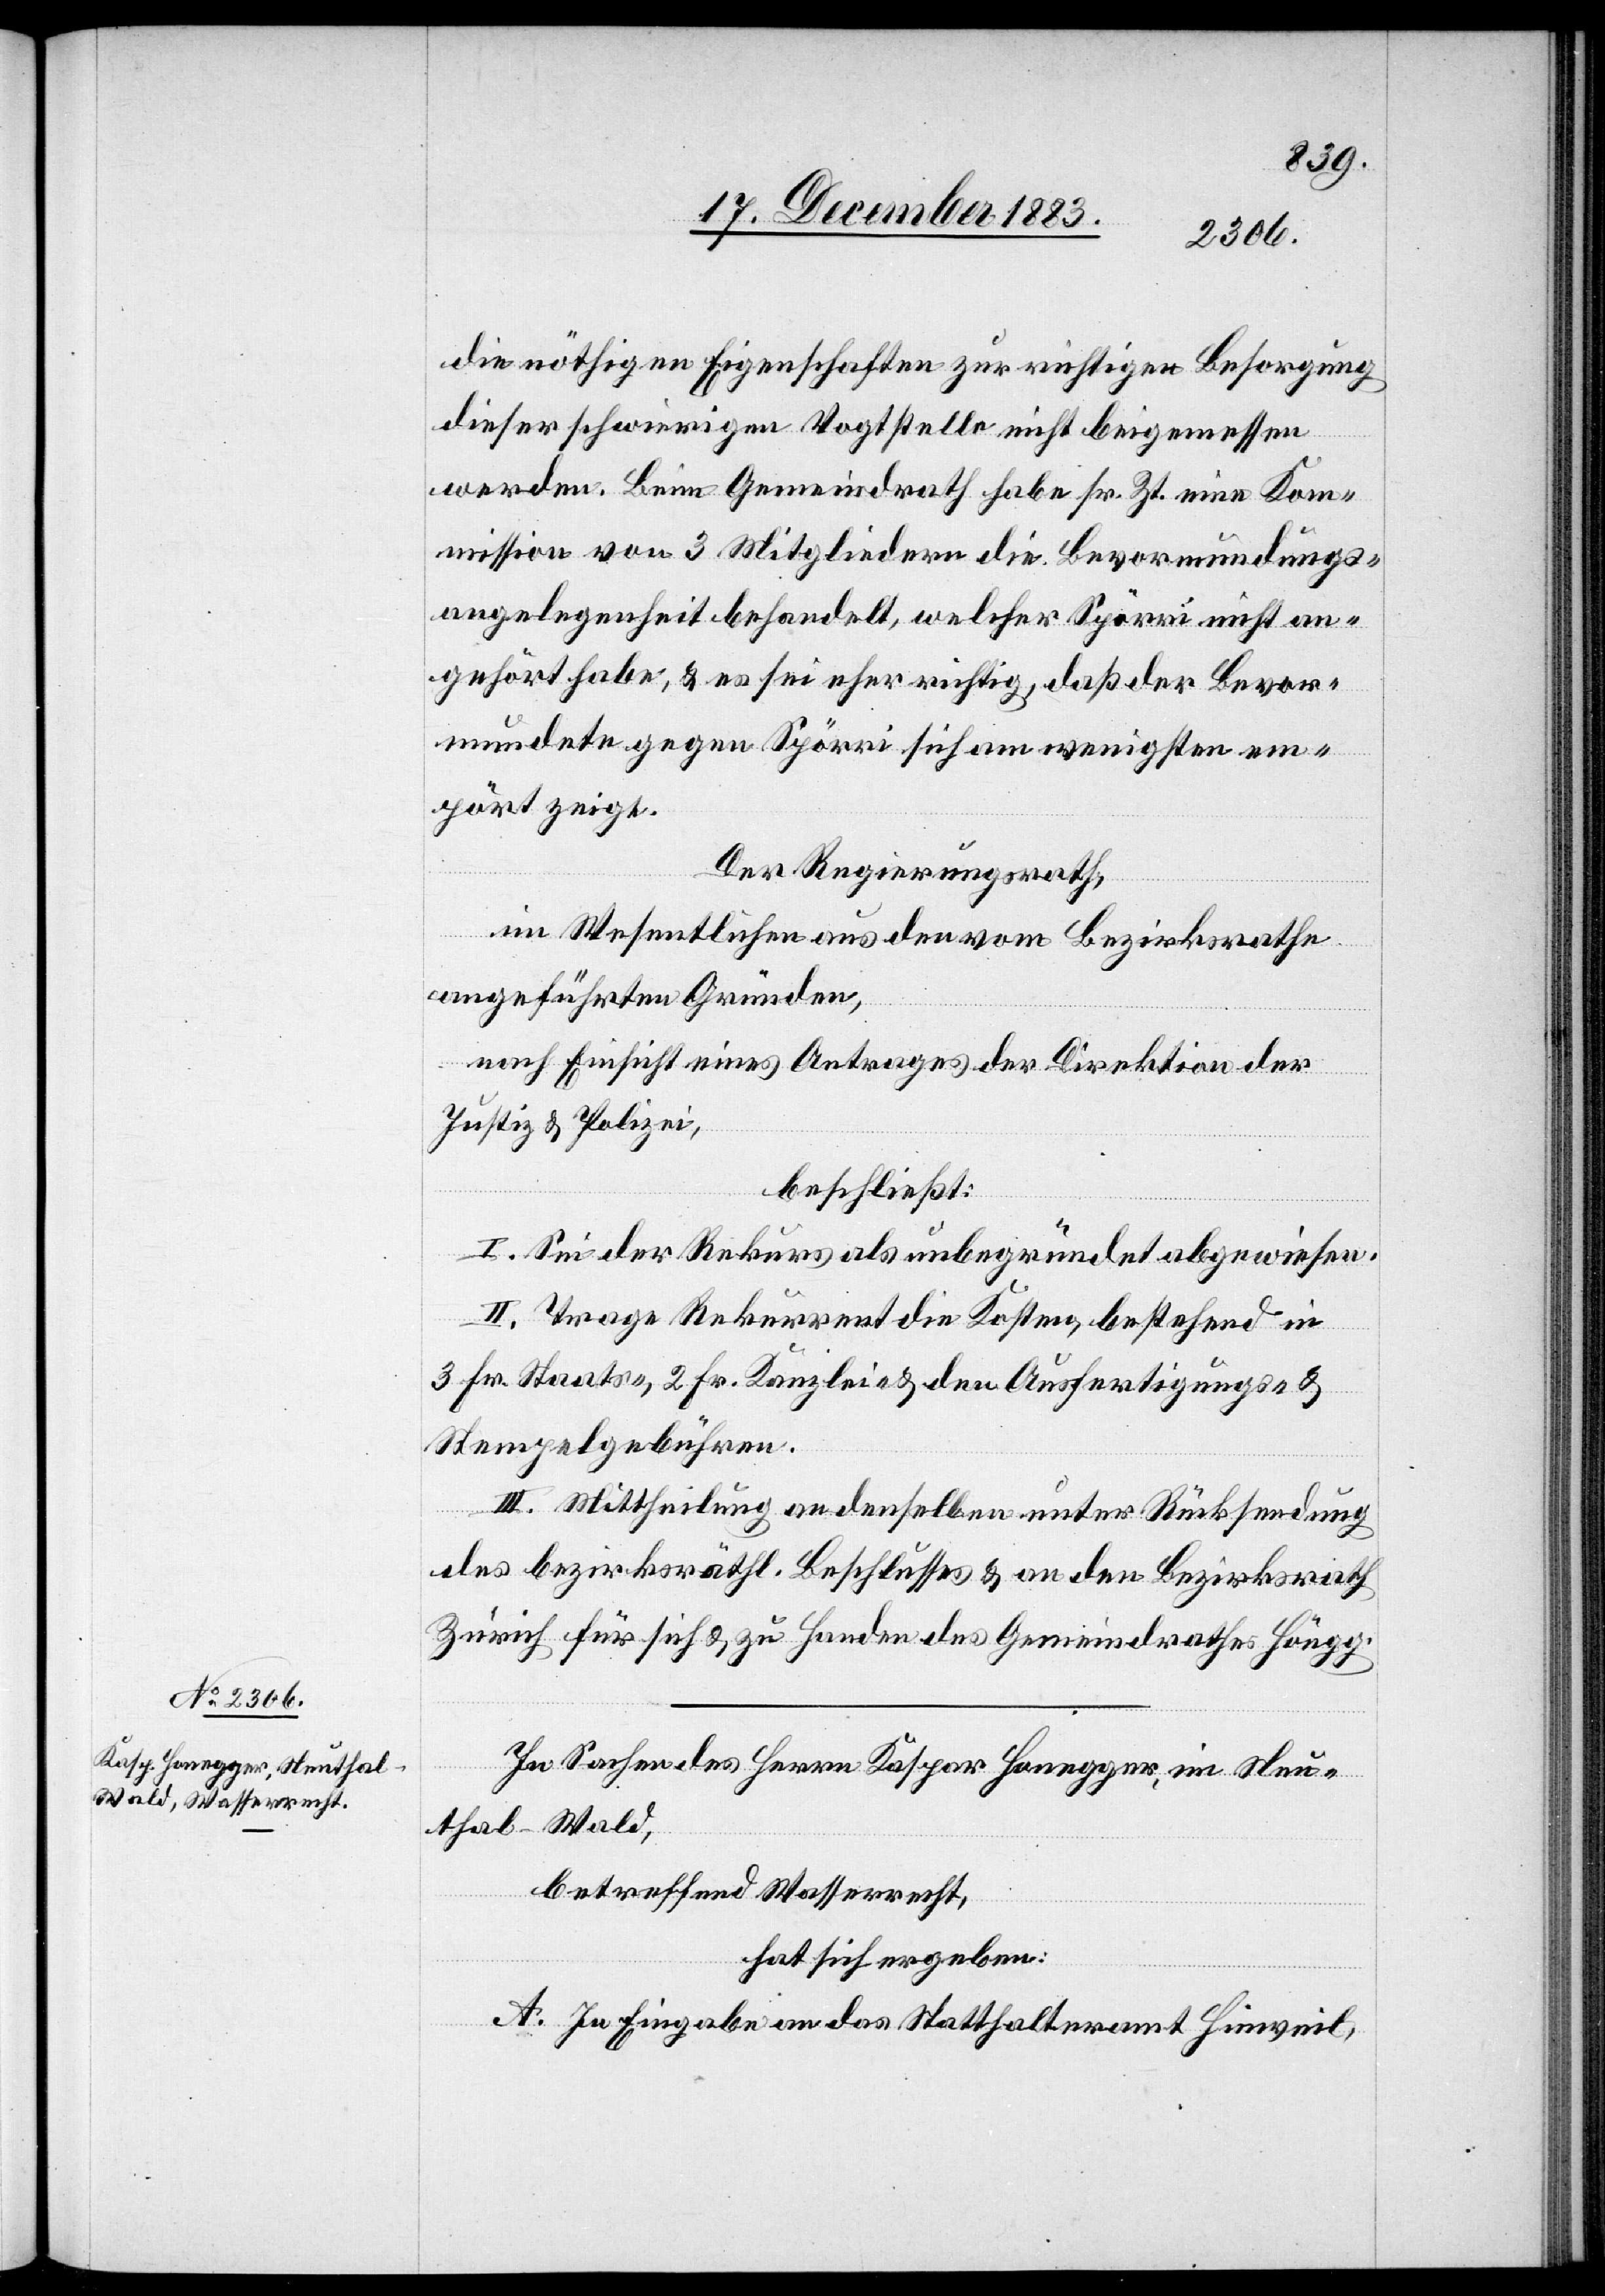
die nöthigen Eigenschaften zur richtigen Besorgung
dieser schwierigen Vogtstelle nicht beigemessen
werden. Beim Gemeindrath habe sr. Zt. eine Kom¬
mission von 3 Mitgliedern die Bevormundungs¬
angelegenheit behandelt, welcher Spörri nicht an¬
gehört habe, & es sei eher richtig, daß der Bevor¬
mundete gegen Spörri sich am wenigsten em¬
pört zeigt.
Der Regierungsrath,
im Wesentlichen aus den vom Bezirksrathe
angeführten Gründen,
nach Einsicht eines Antrages der Direktion der
Justiz & Polizei,
beschließt:
I. Sei der Rekurs als unbegründet abgewiesen.
II. Trage Rekurrent die Kosten, bestehend in
3 Fr. Staats-, 2 Fr. Kanzlei- & den Ausfertigungs- &
Stempelgebühren.
III. Mittheilung an denselben unter Rücksendung
des bezirksräthl. Beschlusses & an den Bezirksrath
Zürich für sich & zu Handen des Gemeindrathes Höngg.
In Sachen des Herrn Kaspar Honegger, im Neu¬
thal - Wald,
betreffend Wasserrecht,
hat sich ergeben:
A. In Eingabe an das Statthalteramt Hinweil,